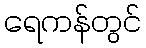
ရေကန်တွင်